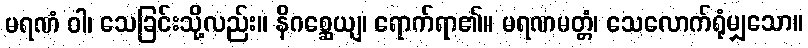
မရဏံ ဝါ၊ သေခြင်းသို့လည်း။ နိဂစ္ဆေယျ၊ ရောက်ရာ၏။ မရဏမတ္တံ၊ သေလောက်ရုံမျှသော။